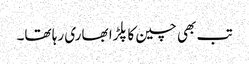
تب بھی چین کا پلڑا بھاری رہا تھا۔